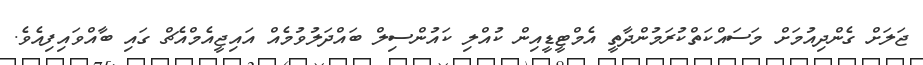
ޖަލަށް ގެންދިއުމަށް މަސައްކަތްކުރަމުންދާތީ އެމްޓީޑީއިން ކުއްލި ކައުންސިލް ބައްދަލުވުމެއް އައިޖީއެމްއެޗް ގައި ބާއްވައިފިއެވެ.